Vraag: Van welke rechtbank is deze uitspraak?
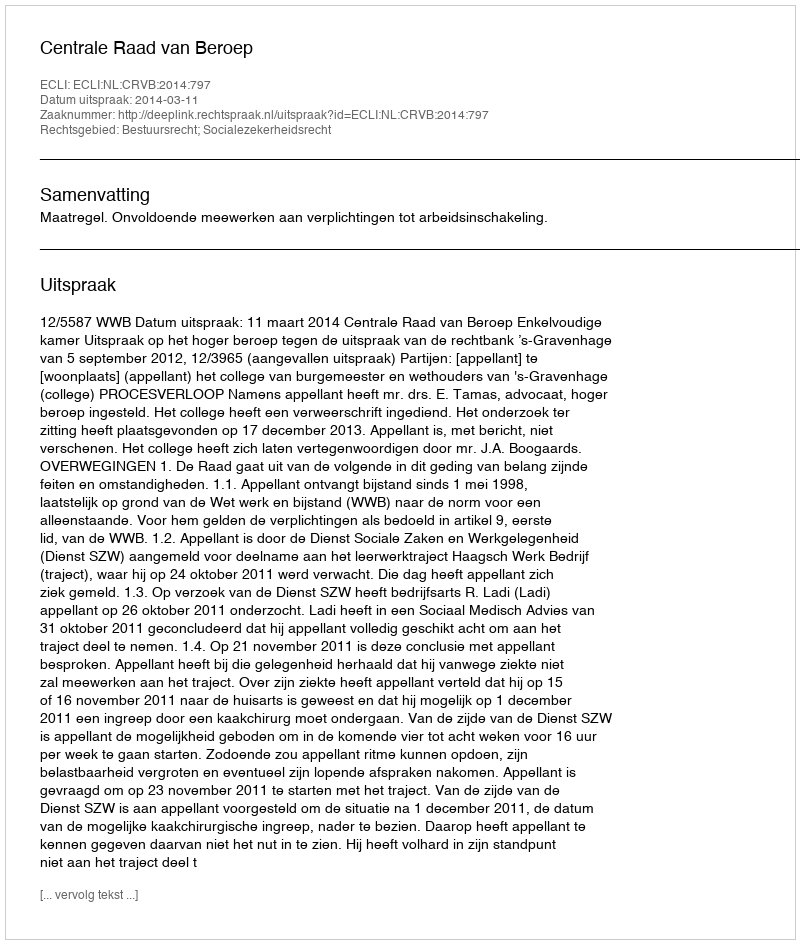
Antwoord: Centrale Raad van Beroep